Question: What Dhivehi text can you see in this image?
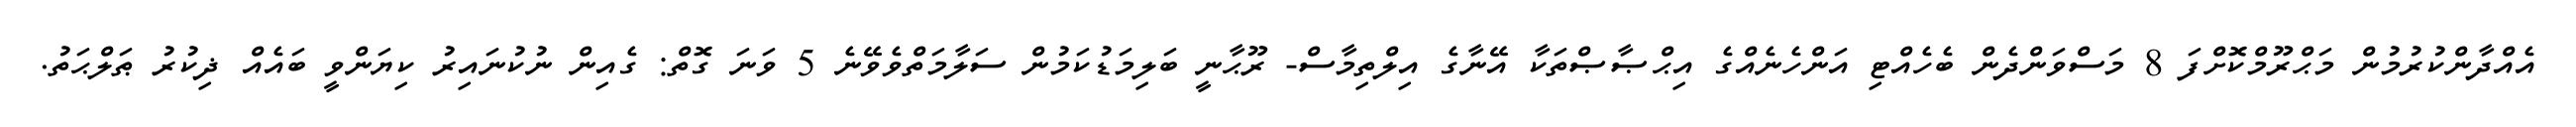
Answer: އެއްދާންކުރުމުން މަޙްރޫމްކޮށްފަ 8 މަސްވަންދެން ބެހެއްޓި އަންހެނެއްގެ އިޙްޞާޞްތަކާ އޭނާގެ އިލްތިމާސް- ރޫޙާނީ ބަލިމަޑުކަމުން ސަލާމަތްވެވޭނެ 5 ވަނަ ގޮތް: ގެއިން ނުކުނައިރު ކިޔަންވީ ބައެއް ޛިކުރު ޠަލްޙަތު.